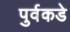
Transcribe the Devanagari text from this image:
पुर्वकडे